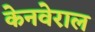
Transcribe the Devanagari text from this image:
केनवेराल